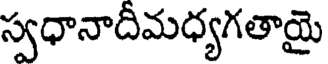
స్వధానాదీమధ్యగతాయై